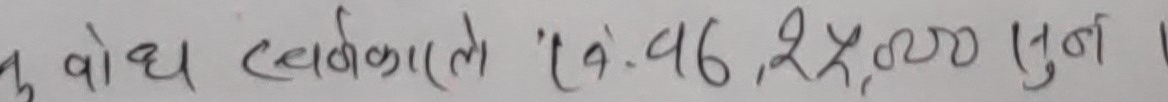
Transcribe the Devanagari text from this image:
बोध स्विकारले (रु.) ४६,२४,००० सुना ।